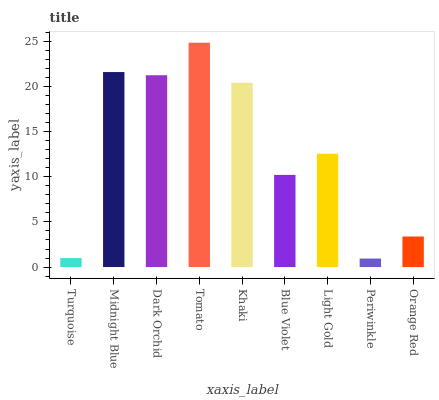
| xaxis_label | bars |
 | --- | --- |
 | Turquoise | 0.994 |
 | Midnight Blue | 21.6 |
 | Dark Orchid | 21.3 |
 | Tomato | 24.9 |
 | Khaki | 20.4 |
 | Blue Violet | 10.2 |
 | Light Gold | 12.6 |
 | Periwinkle | 0.942 |
 | Orange Red | 3.39 |